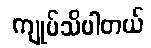
ကျုပ်သိပါတယ်